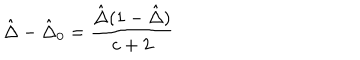
LaTeX: { \hat { \Delta } } - { \hat { \Delta } } _ { 0 } = \frac { { \hat { \Delta } } ( 1 - { \hat { \Delta } } ) } { c + 2 }